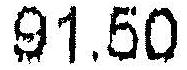
91.50